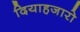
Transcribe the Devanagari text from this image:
दियाहजारो